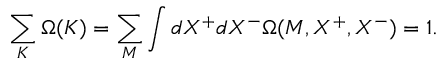
\sum _ { K } \Omega ( K ) = \sum _ { M } \int d X ^ { + } d X ^ { - } \Omega ( M , X ^ { + } , X ^ { - } ) = 1 .